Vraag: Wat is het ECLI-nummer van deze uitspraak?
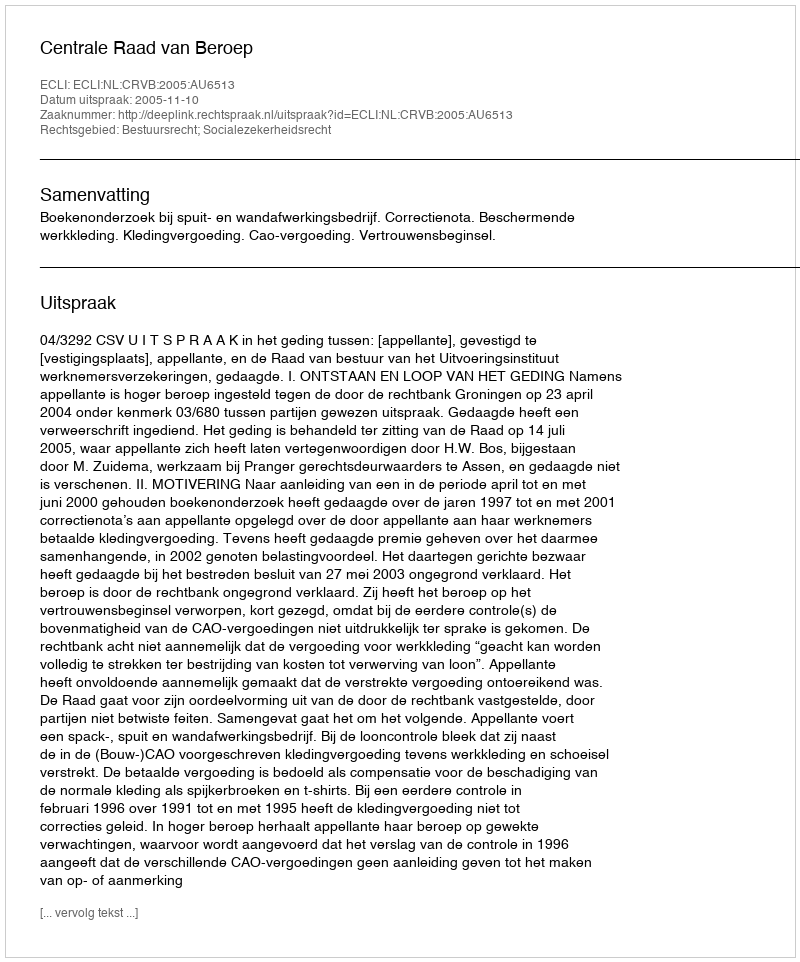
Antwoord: ECLI:NL:CRVB:2005:AU6513